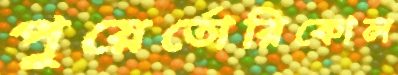
পুয়ের্তোরিকোল